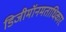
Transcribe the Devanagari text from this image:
डिजीमॉनमताधिकार